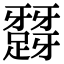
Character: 𨅪